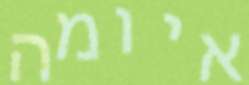
איומה